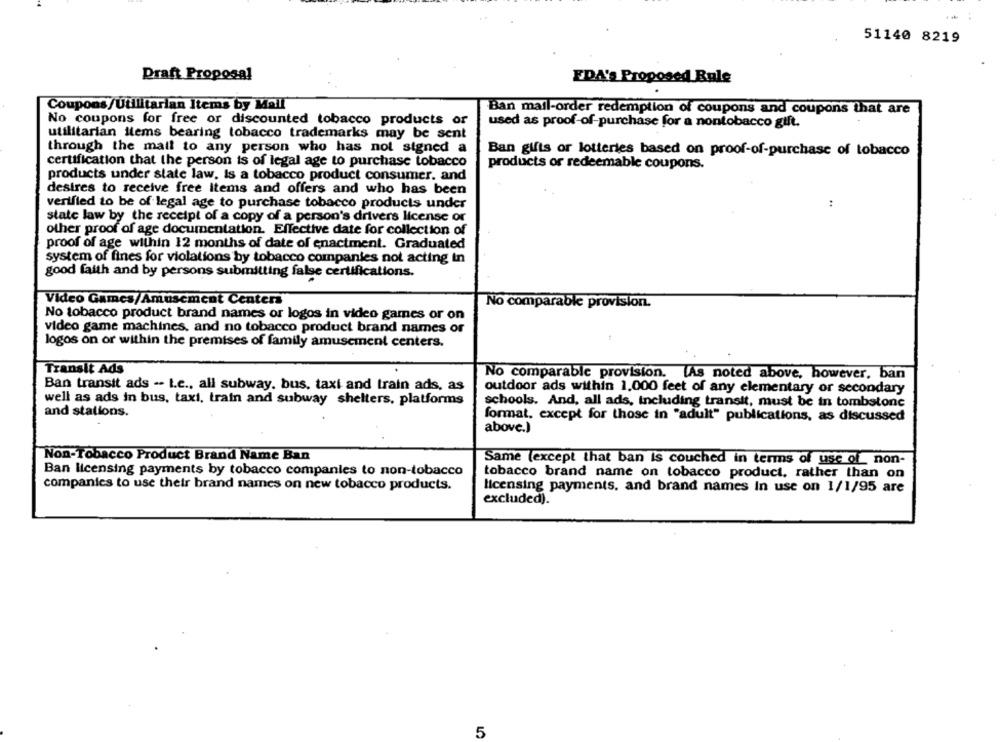
51140 8219
Draft Proposal
EDA's Proposed Rule
Coupons/Utilitarian Items by Mall
Ban mail-order redemption of coupons and coupons that are
No coupons for free or discounted tobacco products or
used as proof-of-purchase for a nontobacco gift.
utilitarian items bearing tobacco trademarks may be sent
through the mait to any person who has not signed a
Ban gifts or lotteries based on proof-of-purchase of tobacco
certification that the person is of legal age to purchase tobacco
products or redeemable coupons.
products under state law, is a tobacco product consumer. and
desires to receive free items and offers and who has been
verified to be of legal age to purchase tobacco products under
:
state law by the receipt of a copy of a person's drivers license or
other proof of age documentation. Effective date for collection of
proof of age within 12 months of date of enactment. Graduated
system of fines for violations by tobacco companies not acting in
good faith and by persons submitting false certifications.
Video Games/Amusement Centers
No comparable provision.
No tobacco product brand names or logos in video games or on
video game machines, and no tobacco product brand names or
logos on or within the premises of family amusement centers.
Transit Ads
No comparable provision. [As noted above, however, ban
Ban transit ads -- Le ., all subway, bus, taxi and train ads, as
outdoor ads within 1.000 feet of any elementary or secondary
well as ads in bus, taxi, train and subway shelters, platforms
schools. And, all ads, including transit, must be in tombstone
and stations.
format, except for those in "adult" publications, as discussed
above.)
Non-Tobacco Product Brand Name Ban
Same (except that ban is couched in terms of use of_ non-
Ban licensing payments by tobacco companies to non-tobacco
tobacco brand name on tobacco product, rather than on
companies to use their brand names on new tobacco products.
licensing payments, and brand names In use on 1/1/95 are
excluded).
5